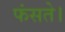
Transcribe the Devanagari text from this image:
फंसते।